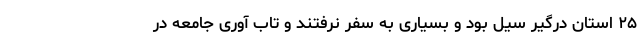
۲۵ استان درگیر سیل بود و بسیاری به سفر نرفتند و تاب آوری جامعه در